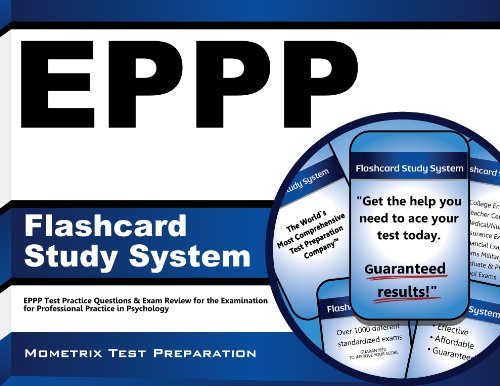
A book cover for EPPP Flashcard Study System: EPPP Test Practice Questions & Exam Review for the Examination for Professional Practice in Psychology (Cards); EPPP Exam Secrets Test Prep Team; Test Preparation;